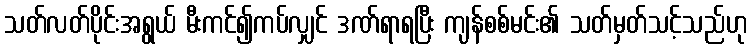
သတ်လတ်ပိုင်းအရွယ် မီးကင်၍ကပ်လျှင် ဒဏ်ရာရပြီး ကျန်စစ်မင်း၏ သတ်မှတ်သင့်သည်ဟု